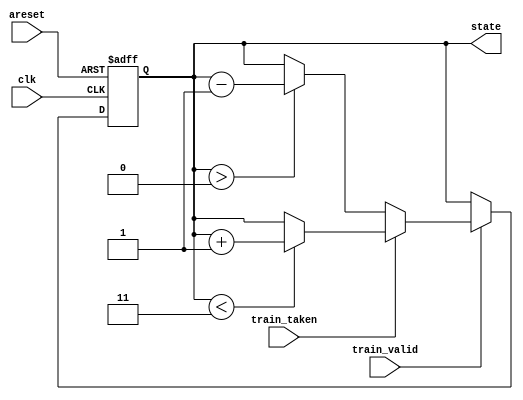
module top_module(
    input clk,
    input areset,
    input train_valid,
    input train_taken,
    output [1:0] state
);
    localparam SNT = 2'b00, WNT = 2'b01, WT = 2'b10, ST = 2'b11;
    
    reg [1:0] next_state;
    
    always @(*) begin
        if(train_valid) begin
            if(train_taken) begin
                if(state < ST) next_state = state + 1'b1;
                else next_state = state;
            end else begin
                if(state > SNT) next_state = state - 1'b1;
                else next_state = state;
            end
        end
        else next_state = state;
    end
    
    always @(posedge clk or posedge areset) begin
        if(areset) state <= WNT;
        else state <= next_state;
    end
    
endmodule